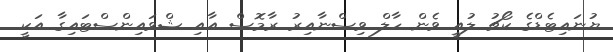
ޔުނައިޓެޑްގެ ކޯޗު ލުއީ ވެން ހާލް ވިސްނާއިރު ރާމޮސް އާއި ޝްވައިންސްޓައިގާ އަކީ